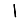
Digit: 1